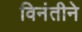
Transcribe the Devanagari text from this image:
विनंतीने